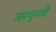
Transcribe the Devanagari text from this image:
जरयुस्त्री